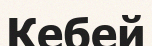
Кебей